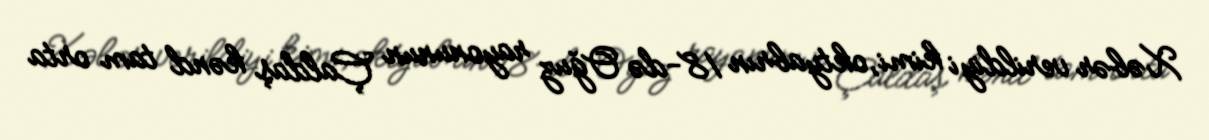
Xəbər verildiyi kimi, oktyabrın 18-də Oğuz rayonunun Çaldaş kənd tam orta